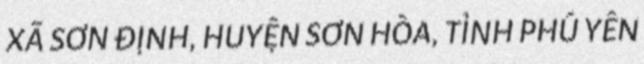
XÃ SƠN ĐỊNH, HUYỆN SƠN HÒA, TỈNH PHÚ YÊN